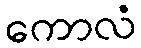
ကောလံ